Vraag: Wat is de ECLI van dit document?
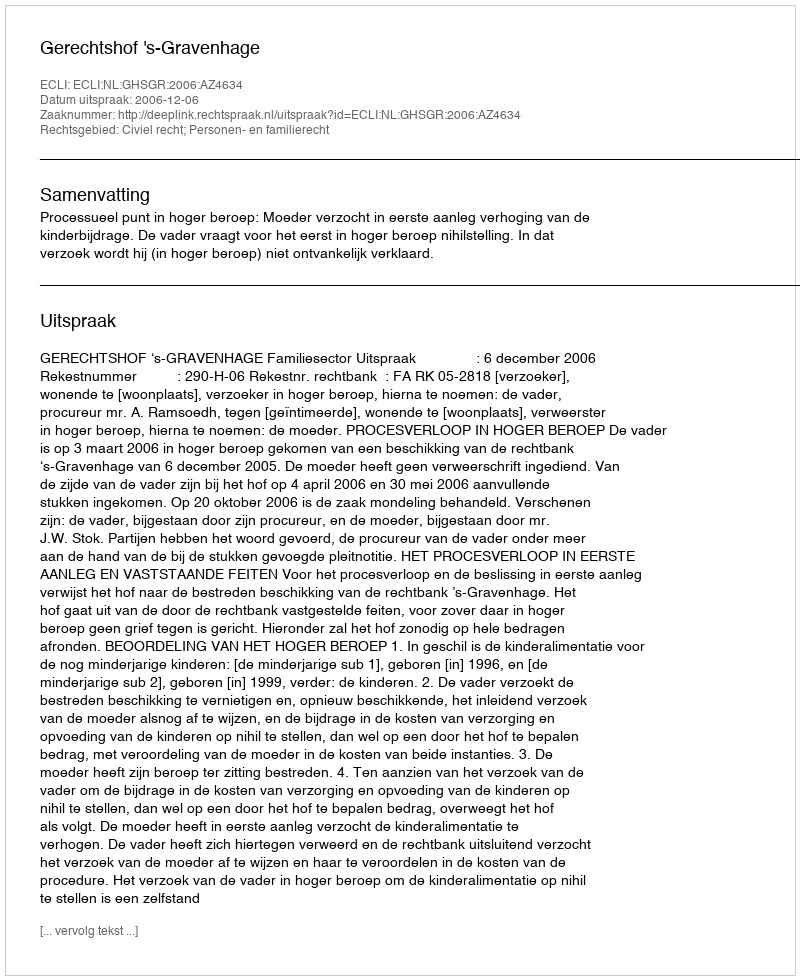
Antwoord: ECLI:NL:GHSGR:2006:AZ4634